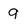
Character: 9